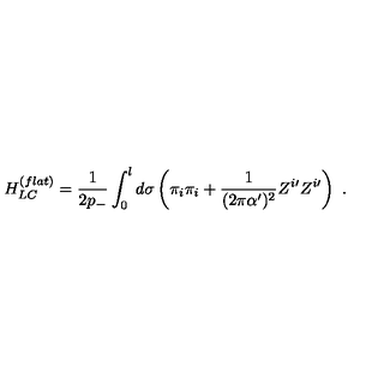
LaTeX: H _ { L C } ^ { ( f l a t ) } = \frac { 1 } { 2 p _ { - } } \int _ { 0 } ^ { l } d \sigma \left( \pi _ { i } \pi _ { i } + \frac { 1 } { ( 2 \pi \alpha ^ { \prime } ) ^ { 2 } } Z ^ { i \prime } Z ^ { i \prime } \right) \ .